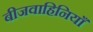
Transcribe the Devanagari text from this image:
बीजवाहिनियाँ